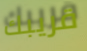
قريبك